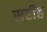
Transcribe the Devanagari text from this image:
सरीह